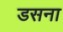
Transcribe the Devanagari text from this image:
डसना